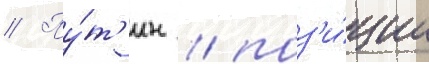
// Пу́т'ин / поз'и́ции